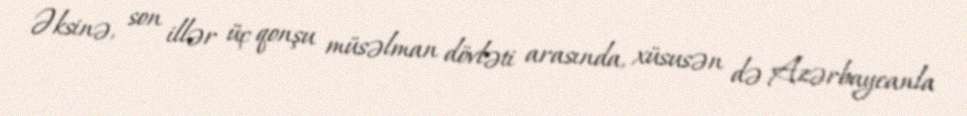
Əksinə, son illər üç qonşu müsəlman dövləti arasında, xüsusən də Azərbaycanla